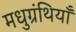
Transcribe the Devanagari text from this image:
मधुग्रंथियाँ